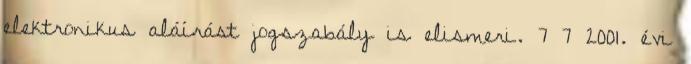
elektronikus aláírást jogszabály is elismeri. 7 7 2001. évi